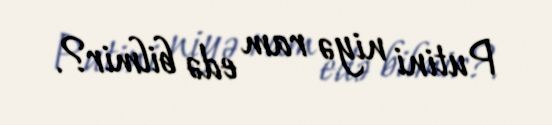
Putini niyə ram edə bilmir?.